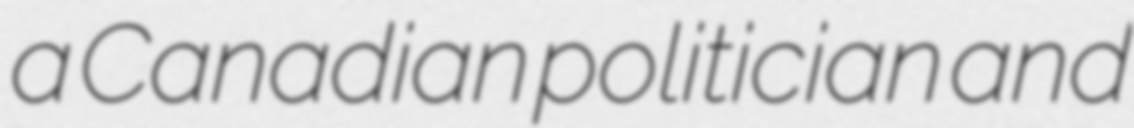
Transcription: a Canadian politician and